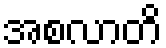
အစလာတိ